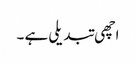
اچھی تبدیلی ہے ۔